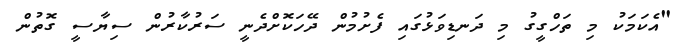
"އެކަމަކު މި ތަހްގީގު މި ދަނޑިވަޅުގައި ފެށުމުން ދޭހަކޮށްދެނީ ސަރުކާރުން ސިޔާސީ ގޮތުން